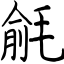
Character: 毹